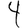
Digit: 4